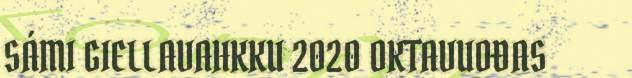
SÁMI GIELLAVAHKKU 2020 OKTAVUOĐAS